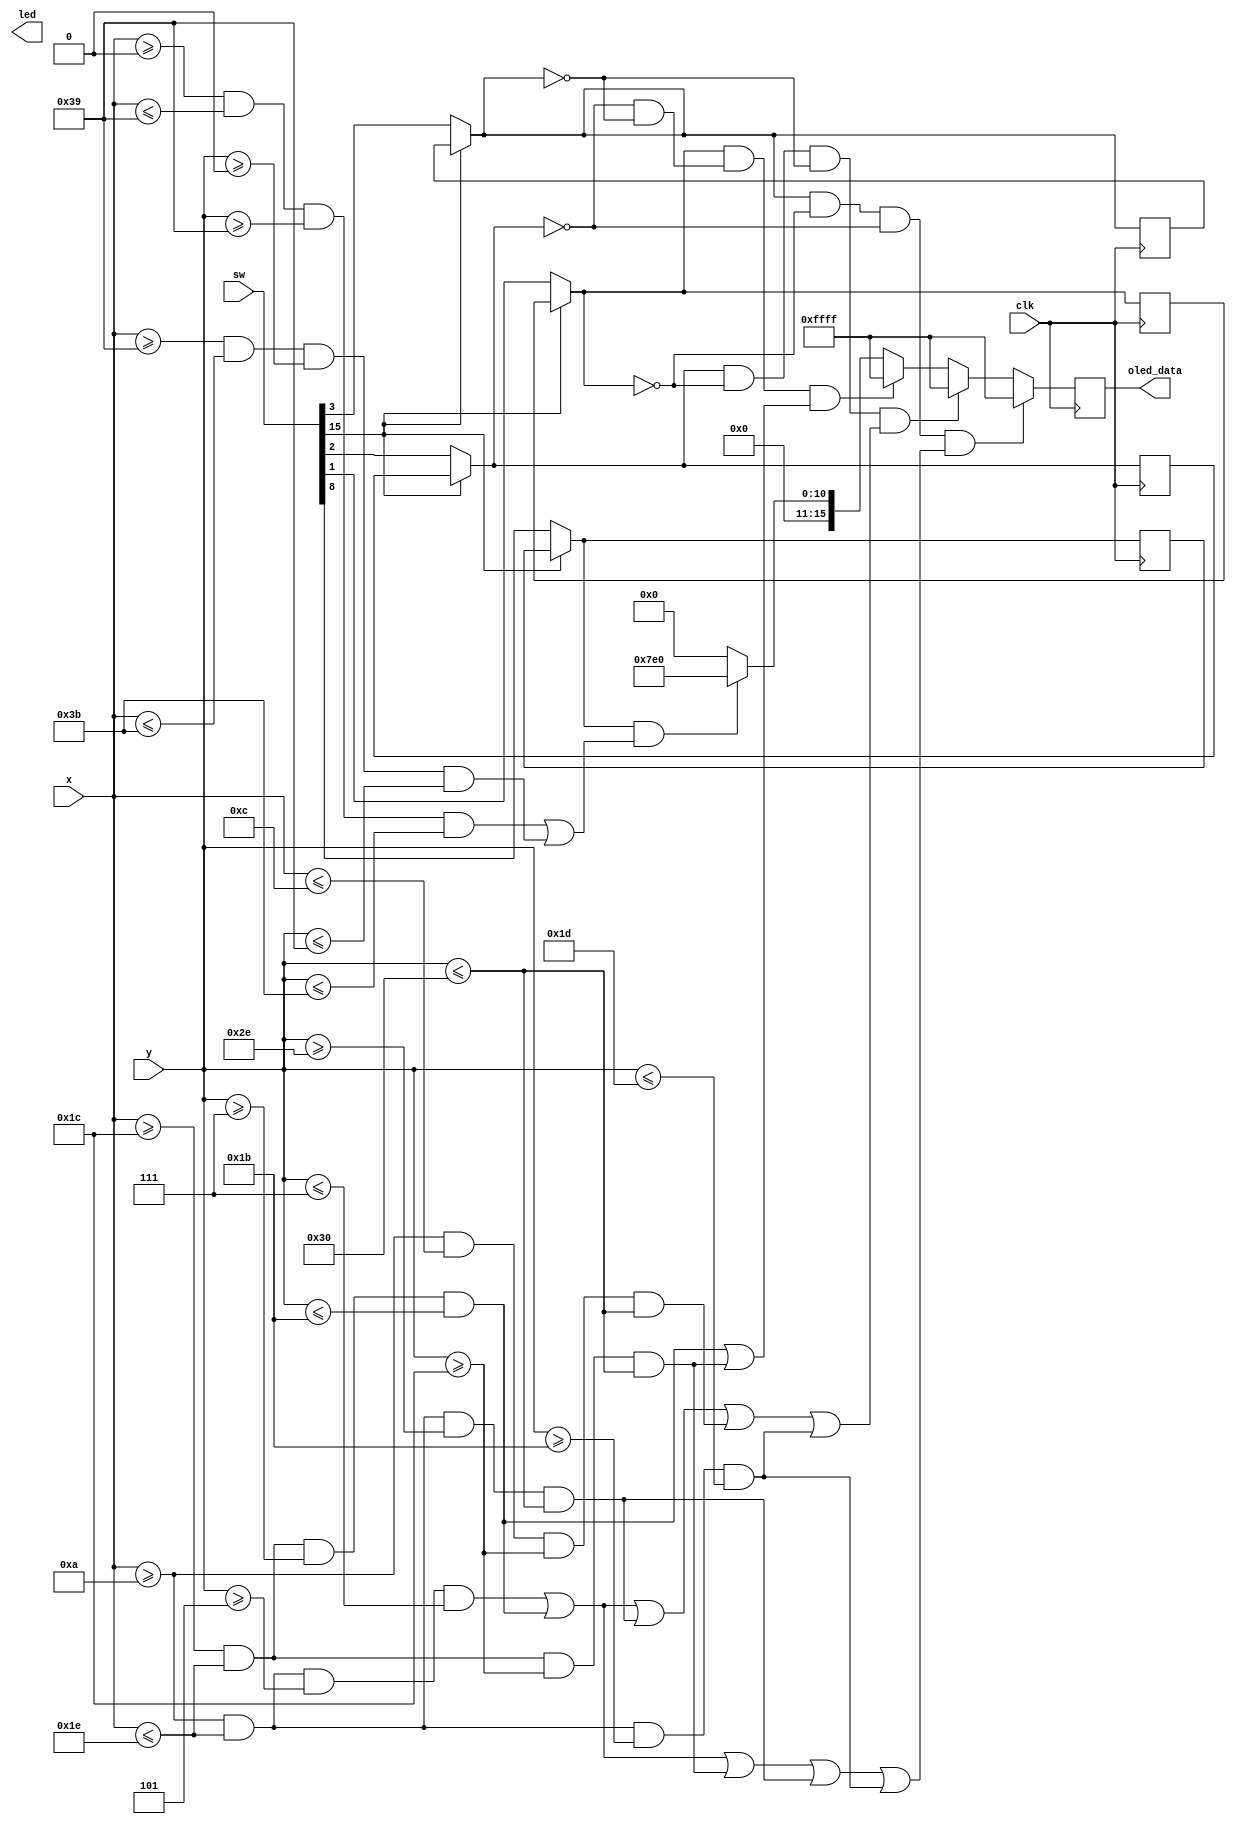
`timescale 1ns / 1ps

module oled_program(
    input clk,             
    input [7:0] x,         
    input [6:0] y, 
    input [15:0] sw,
    output reg [15:0]led,       
    output reg [15:0]oled_data
    );
    reg border_on, num1_on, num2_on, num3_on;   
    wire entire_screen;
    assign entire_screen = (x>=0 && x <=95 && y>=0 && y <=63);
    wire border_horizontal, border_vertical, border;
    assign border_horizontal = (x>=0&&x<=57&&y>=57&&y<=59); // horizontal line
    assign border_vertical = (x>=57&&x<=59&&y>=0&&y<=57); // vertical line
    assign border = border_horizontal || border_vertical;
   
    // using 7-segment logic to create numbers
    wire [6:0] oled_seg;
    assign oled_seg[0] = (x>=10&&x<=30&&y>=5&&y<=7);
    assign oled_seg[1] = (x>=28&&x<=30&&y>=7&&y<=27);
    assign oled_seg[2] = (x>=28&&x<=30&&y>=28&&y<=48);
    assign oled_seg[3] = (x>=10&&x<=30&&y>=46&&y<=48);
    assign oled_seg[4] = (x>=10&&x<=12&&y>=28&&y<=48);
    assign oled_seg[5] = (x>=10&&x<=12&&y>=7&&y<=27);
    assign oled_seg[6] = (x>=10&&x<=30&&y>=27&&y<=29);
    
    // numbers 1, 2 & 3
    wire num1, num2, num3;
    assign num1 = oled_seg[1] || oled_seg[2];
    assign num2 = oled_seg[0] || oled_seg[1] || oled_seg[3] || oled_seg[4] || oled_seg[6];
    assign num3 = oled_seg[0] || oled_seg[1] || oled_seg[2] || oled_seg[3] || oled_seg[6];
   
    // assign colours for the oled screen
    wire [15:0] green, white, black, red;
    assign green = 16'b00000_111111_00000;
    assign red = 16'b11111_000000_00000;
    assign black = 16'b00000_000000_00000;
    assign white = 16'b11111_111111_11111;
    
    always @ (posedge clk) begin
        if(sw[15] == 0) begin // set switch 15 as the kill switch
            border_on = sw[8];
            num1_on = sw[1];
            num2_on = sw[2];
            num3_on = sw[3];
        end
        
        oled_data = black;
        
        if (border_on == 1 && border) begin // border on
            oled_data = green;
        end
        else if(border_on == 0 && border) begin // border off
            oled_data = black;
        end
        
        // TODO: turn on 1 switch and not be affected by the other 2 switches
        if (num1_on == 1 && num2_on == 0 & num3_on == 0 && num1) begin
            oled_data = white;
        end      
        if (num2_on == 1 && num1_on == 0 && num3_on == 0 && num2) begin
            oled_data = white;
           
        end
        if(num3_on == 1 && num1_on == 0 && num2_on == 0 && num3) begin
            oled_data = white;
//            if(num1_on == 1 || num2_on == 1) begin
//                num1_on = 0;
//                num2_on = 0;
//            end
        end
    end
endmodule